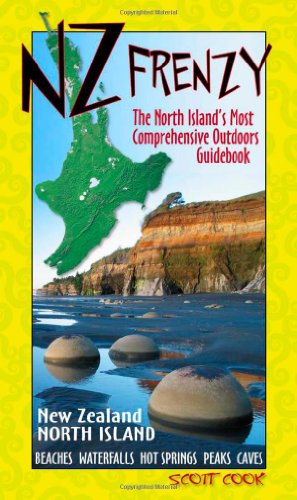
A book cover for NZ Frenzy: New Zealand North Island; Scott Cook; Travel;